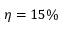
\eta = 1 5 \%